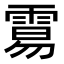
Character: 𩃮